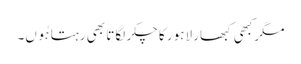
مگرکبھی کبھار لاہور کا چکر لگاتا بھی رہتا ہُوں۔